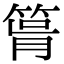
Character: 𥮪